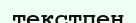
текстпен